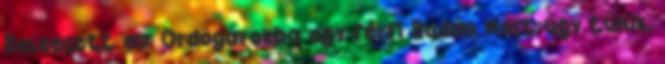
Beleesett az Ördögárokba egy férfi Budán Most úgy tűnik,